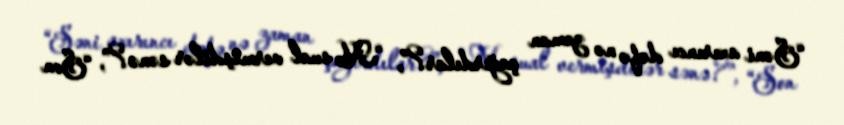
“Səni axırıncı dəfə nə zaman çağırdılar?”, “Nə sual vermişdilər sənə?”, “Son